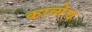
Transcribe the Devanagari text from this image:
काव्येच